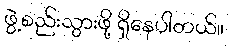
ဖွဲ့စည်းသွားဖို့ ရှိနေပါတယ်။